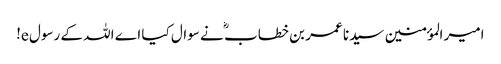
امیر المؤمنین سیدنا عمر بن خطاب ؓ نے سوال کیا اے اللہ کے رسول e!